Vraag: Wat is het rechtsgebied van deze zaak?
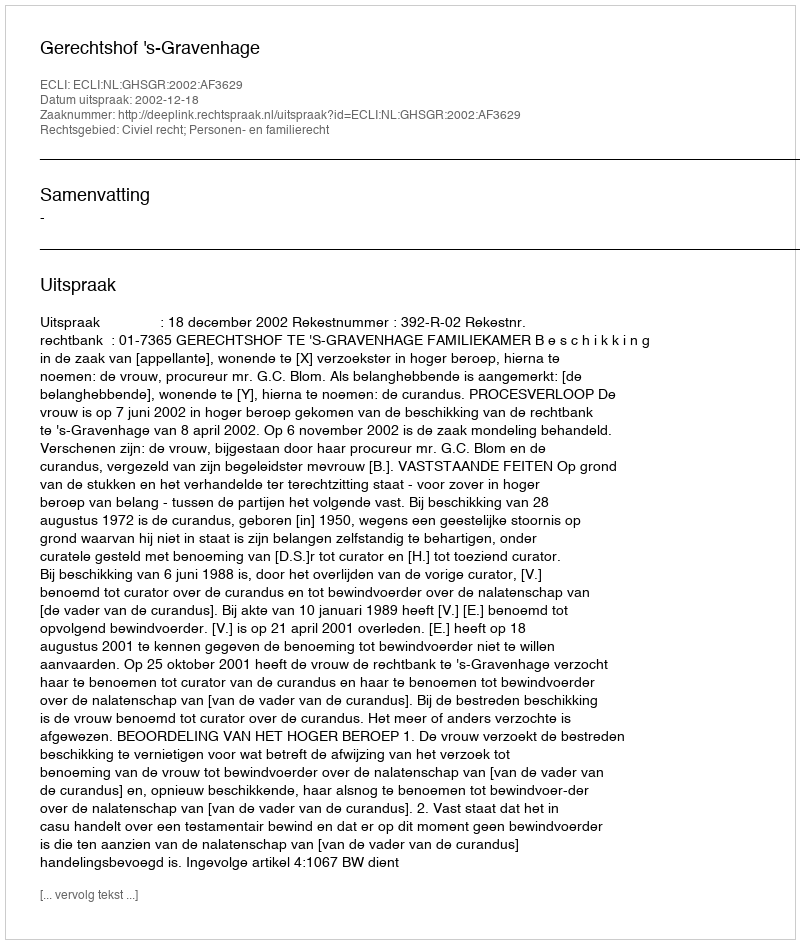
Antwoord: Civiel recht; Personen- en familierecht